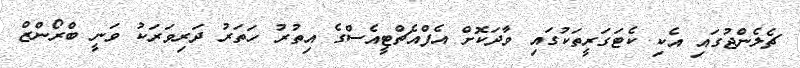
ޗެލެންޖުގައި އެކި ކެޓަގަރީތަކުގައި ވާދަކޮށް އެފްއެޗްޓީއެސްގެ އިތުރު ހަތަރު ދަރިވަރަކު ވަނީ ބްރޯންޒް